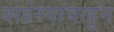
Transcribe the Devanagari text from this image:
बाहेरगांवाहून